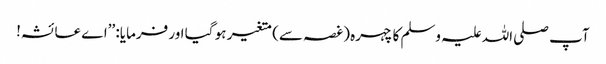
آپ صلی اللہ علیہ وسلم کا چہرہ (غصہ سے) متغیر ہو گیا اور فرمایا: ’’اے عائشہ!